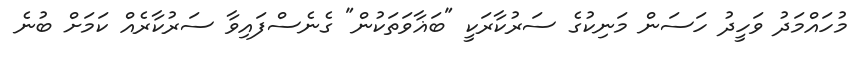
މުހައްމަދު ވަހީދު ހަސަން މަނިކުގެ ސަރުކާރަކީ "ބަޣާވަތަކުން" ގެނެސްފައިވާ ސަރުކާރެއް ކަމަށް ބުނެ